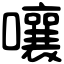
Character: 嚷